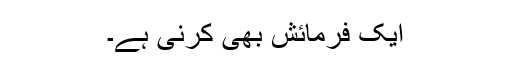
ایک فرمائش بھی کرنی ہے۔